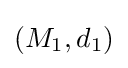
(M_{1},d_{1})